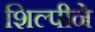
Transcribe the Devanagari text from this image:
शिल्पीने